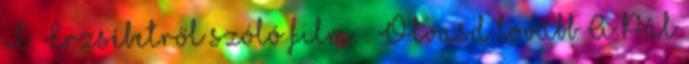
I. Erzsébetről szóló film. . Olvasd tovább A Pál